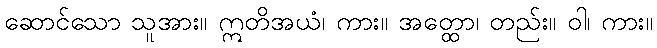
ဆောင်သော သူအား။ ဣတိအယံ၊ ကား။ အတ္ထော၊ တည်း။ ဝါ၊ ကား။